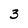
Character: 3